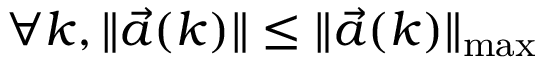
\forall k , \| \vec { a } ( k ) \| \leq \| \vec { a } ( k ) \| _ { \operatorname* { m a x } }